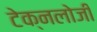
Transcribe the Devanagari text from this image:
टेक्नलोजी